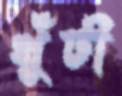
খুঁটী